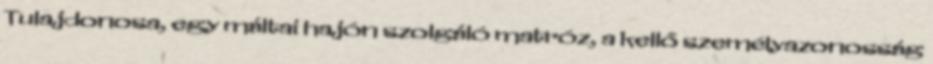
Tulajdonosa, egy máltai hajón szolgáló matróz, a kellő személyazonosság